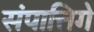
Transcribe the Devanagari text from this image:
संपात्तिगे